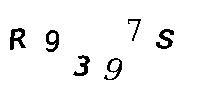
R9397S